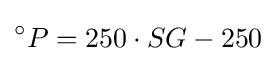
^{\circ }P=250\cdot SG-250